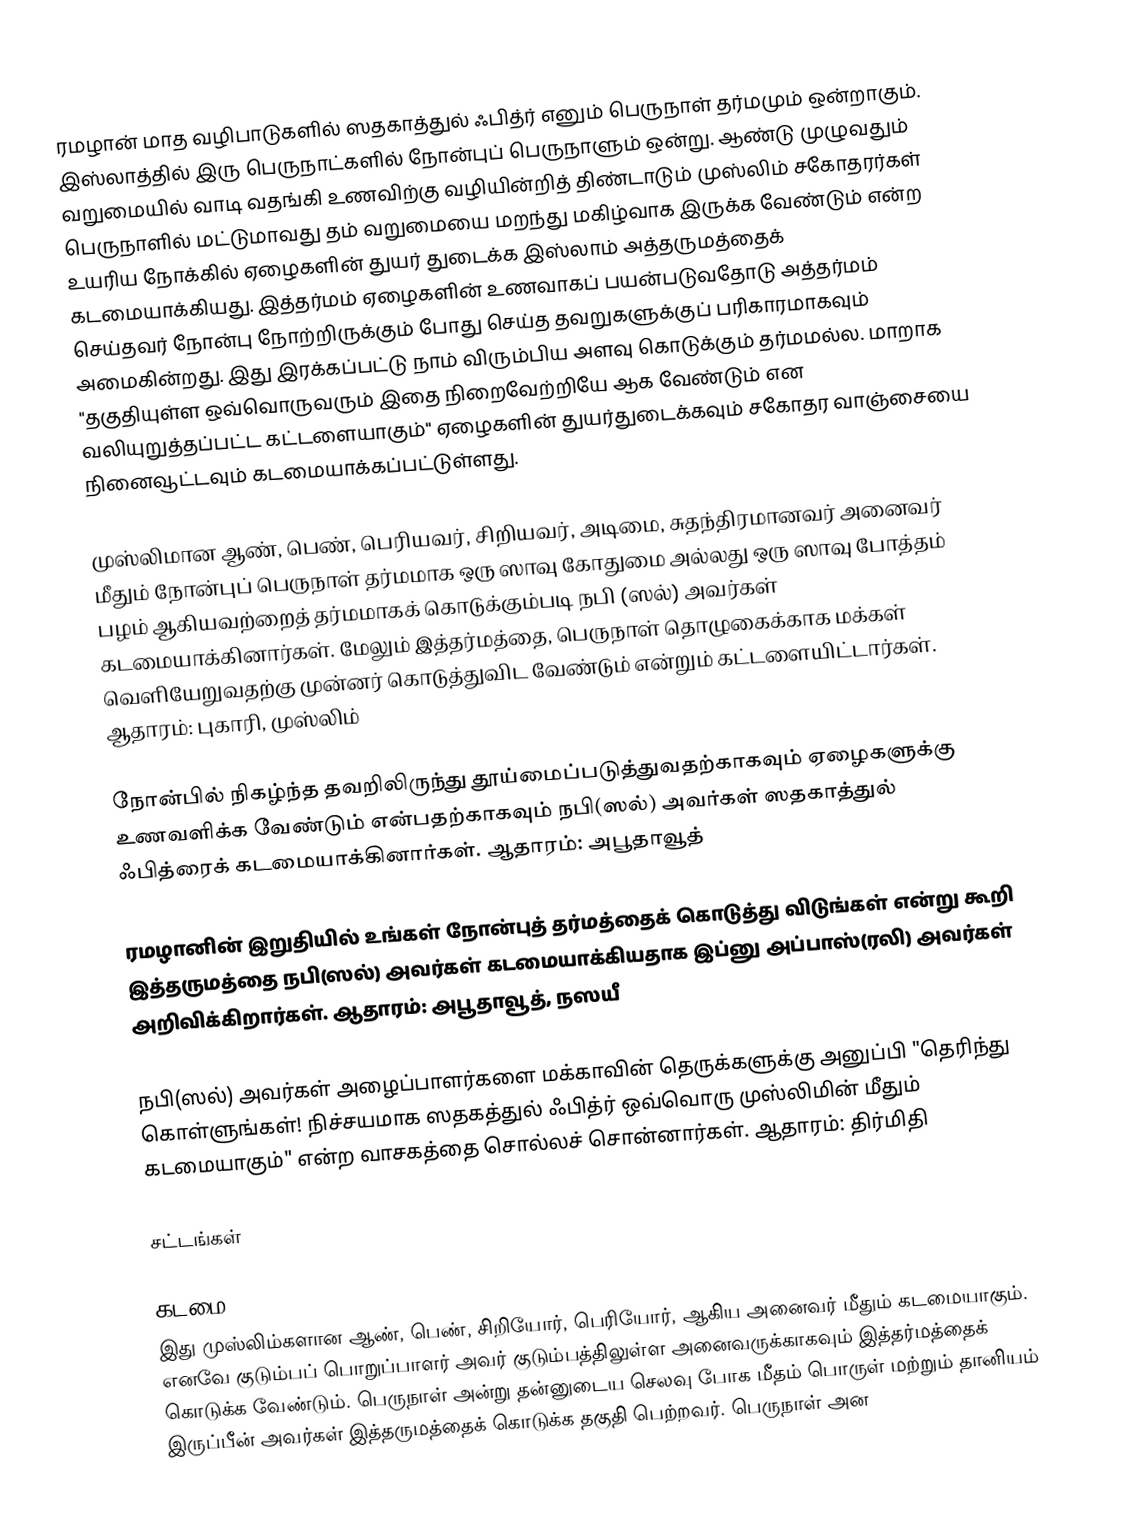
ரமழான் மாத வழிபாடுகளில் ஸதகாத்துல் ஃபித்ர் எனும் பெருநாள் தர்மமும் ஒன்றாகும். இஸ்லாத்தில் இரு பெருநாட்களில் நோன்புப் பெருநாளும் ஒன்று. ஆண்டு முழுவதும் வறுமையில் வாடி வதங்கி உணவிற்கு வழியின்றித் திண்டாடும் முஸ்லிம் சகோதரர்கள் பெருநாளில் மட்டுமாவது தம் வறுமையை மறந்து மகிழ்வாக இருக்க வேண்டும் என்ற உயரிய நோக்கில் ஏழைகளின்  துயர் துடைக்க இஸ்லாம் அத்தருமத்தைக் கடமையாக்கியது. இத்தர்மம் ஏழைகளின் உணவாகப் பயன்படுவதோடு அத்தர்மம் செய்தவர் நோன்பு நோற்றிருக்கும் போது செய்த தவறுகளுக்குப் பரிகாரமாகவும் அமைகின்றது. இது இரக்கப்பட்டு நாம் விரும்பிய அளவு கொடுக்கும் தர்மமல்ல. மாறாக "தகுதியுள்ள ஒவ்வொருவரும் இதை நிறைவேற்றியே ஆக வேண்டும் என வலியுறுத்தப்பட்ட கட்டளையாகும்" ஏழைகளின் துயர்துடைக்கவும் சகோதர வாஞ்சையை நினைவூட்டவும் கடமையாக்கப்பட்டுள்ளது.

 முஸ்லிமான ஆண், பெண், பெரியவர், சிறியவர், அடிமை, சுதந்திரமானவர் அனைவர் மீதும் நோன்புப் பெருநாள் தர்மமாக ஒரு ஸாவு கோதுமை அல்லது ஒரு ஸாவு போத்தம் பழம் ஆகியவற்றைத் தர்மமாகக் கொடுக்கும்படி நபி (ஸல்) அவர்கள் கடமையாக்கினார்கள். மேலும் இத்தர்மத்தை, பெருநாள் தொழுகைக்காக மக்கள் வெளியேறுவதற்கு முன்னர் கொடுத்துவிட வேண்டும் என்றும் கட்டளையிட்டார்கள். ஆதாரம்: புகாரி, முஸ்லிம்

 நோன்பில் நிகழ்ந்த தவறிலிருந்து தூய்மைப்படுத்துவதற்காகவும் ஏழைகளுக்கு உணவளிக்க வேண்டும் என்பதற்காகவும் நபி(ஸல்) அவர்கள் ஸதகாத்துல் ஃபித்ரைக் கடமையாக்கினார்கள். ஆதாரம்: அபூதாவூத்

 ரமழானின் இறுதியில் உங்கள் நோன்புத் தர்மத்தைக் கொடுத்து விடுங்கள் என்று கூறி இத்தருமத்தை நபி(ஸல்) அவர்கள் கடமையாக்கியதாக இப்னு அப்பாஸ்(ரலி) அவர்கள் அறிவிக்கிறார்கள். ஆதாரம்: அபூதாவூத், நஸயீ

 நபி(ஸல்) அவர்கள் அழைப்பாளர்களை மக்காவின் தெருக்களுக்கு அனுப்பி "தெரிந்து கொள்ளுங்கள்! நிச்சயமாக ஸதகத்துல் ஃபித்ர் ஒவ்வொரு முஸ்லிமின் மீதும் கடமையாகும்" என்ற வாசகத்தை சொல்லச் சொன்னார்கள். ஆதாரம்: திர்மிதி

சட்டங்கள்

கடமை
இது முஸ்லிம்களான ஆண், பெண், சிறியோர், பெரியோர், ஆகிய அனைவர் மீதும் கடமையாகும். எனவே குடும்பப் பொறுப்பாளர் அவர் குடும்பத்திலுள்ள அனைவருக்காகவும் இத்தர்மத்தைக் கொடுக்க வேண்டும். பெருநாள் அன்று தன்னுடைய செலவு போக மீதம் பொருள் மற்றும் தானியம் இருப்பீன் அவர்கள் இத்தருமத்தைக் கொடுக்க தகுதி பெற்றவர். பெருநாள் அன